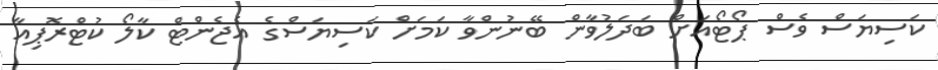
ކަސިޔަސް ވެސް ޕޯޓޯއަށް ބަދަލުވާން ބޭނުންވާ ކަމަށް ކަސިޔަސްގެ އެޖެންޓް ކާލޯ ކުޓްރޮޕިއާ